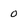
Character: 0